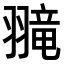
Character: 𫅮